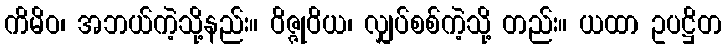
ကိမိဝ၊ အဘယ်ကဲ့သို့နည်း။ ဝိဇ္ဇုဝိယ၊ လျှပ်စစ်ကဲ့သို့ တည်း။ ယထာ ဥပဋ္ဌိတ